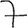
Digit: 7